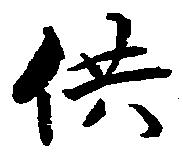
供